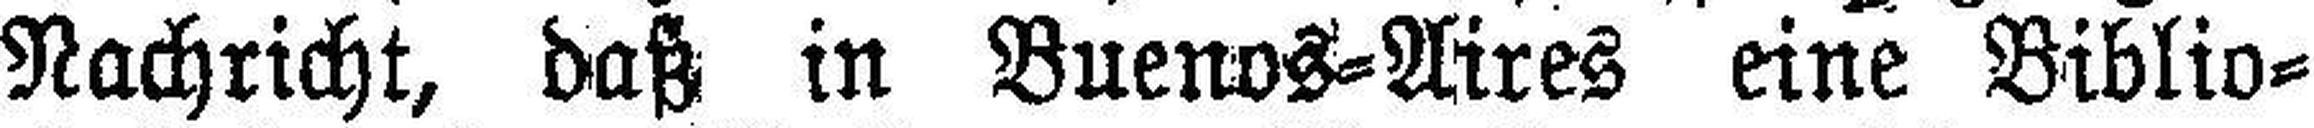
Nachricht, daß in Buenos-Aires eine Biblio¬